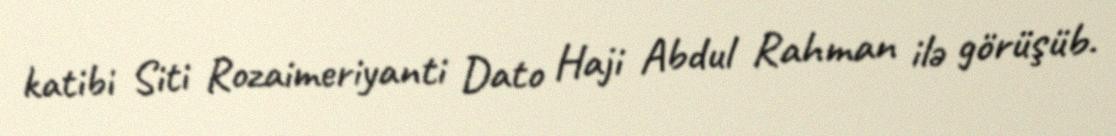
katibi Siti Rozaimeriyanti Dato Haji Abdul Rahman ilə görüşüb.